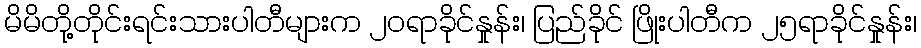
မိမိတို့တိုင်းရင်းသားပါတီများက ၂၀ရာခိုင်နှုန်း၊ ပြည်ခိုင် ဖြိုးပါတီက ၂၅ရာခိုင်နှုန်း၊